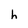
Character: h